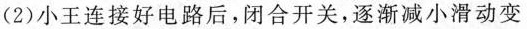
(2)小王连接好电路后，闭合开关，逐渐减小滑动变